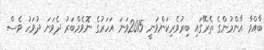
ބާއްވާ އާންމުންގެ ތެރޭގައި ބިރުވެރިކަންވަނީ 2015ވަނަ އަހަރުގެ ނޮވެމްބަރު ދެވަނަ ދުވަހު ވެސް